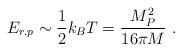
LaTeX: \begin{align*}E_{r.p} \sim \frac{1}{2}k_{B}T = \frac{M_{P}^{2}}{16\pi M} ~.\end{align*}